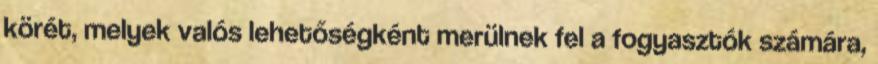
körét, melyek valós lehetőségként merülnek fel a fogyasztók számára,